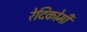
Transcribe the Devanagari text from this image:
रेदिकोमी